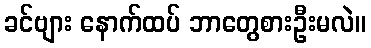
ခင်ဗျား နောက်ထပ် ဘာတွေစားဦးမလဲ။